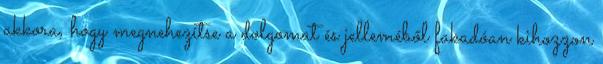
akkora, hogy megnehezítse a dolgomat és jelleméből fakadóan kihozzon